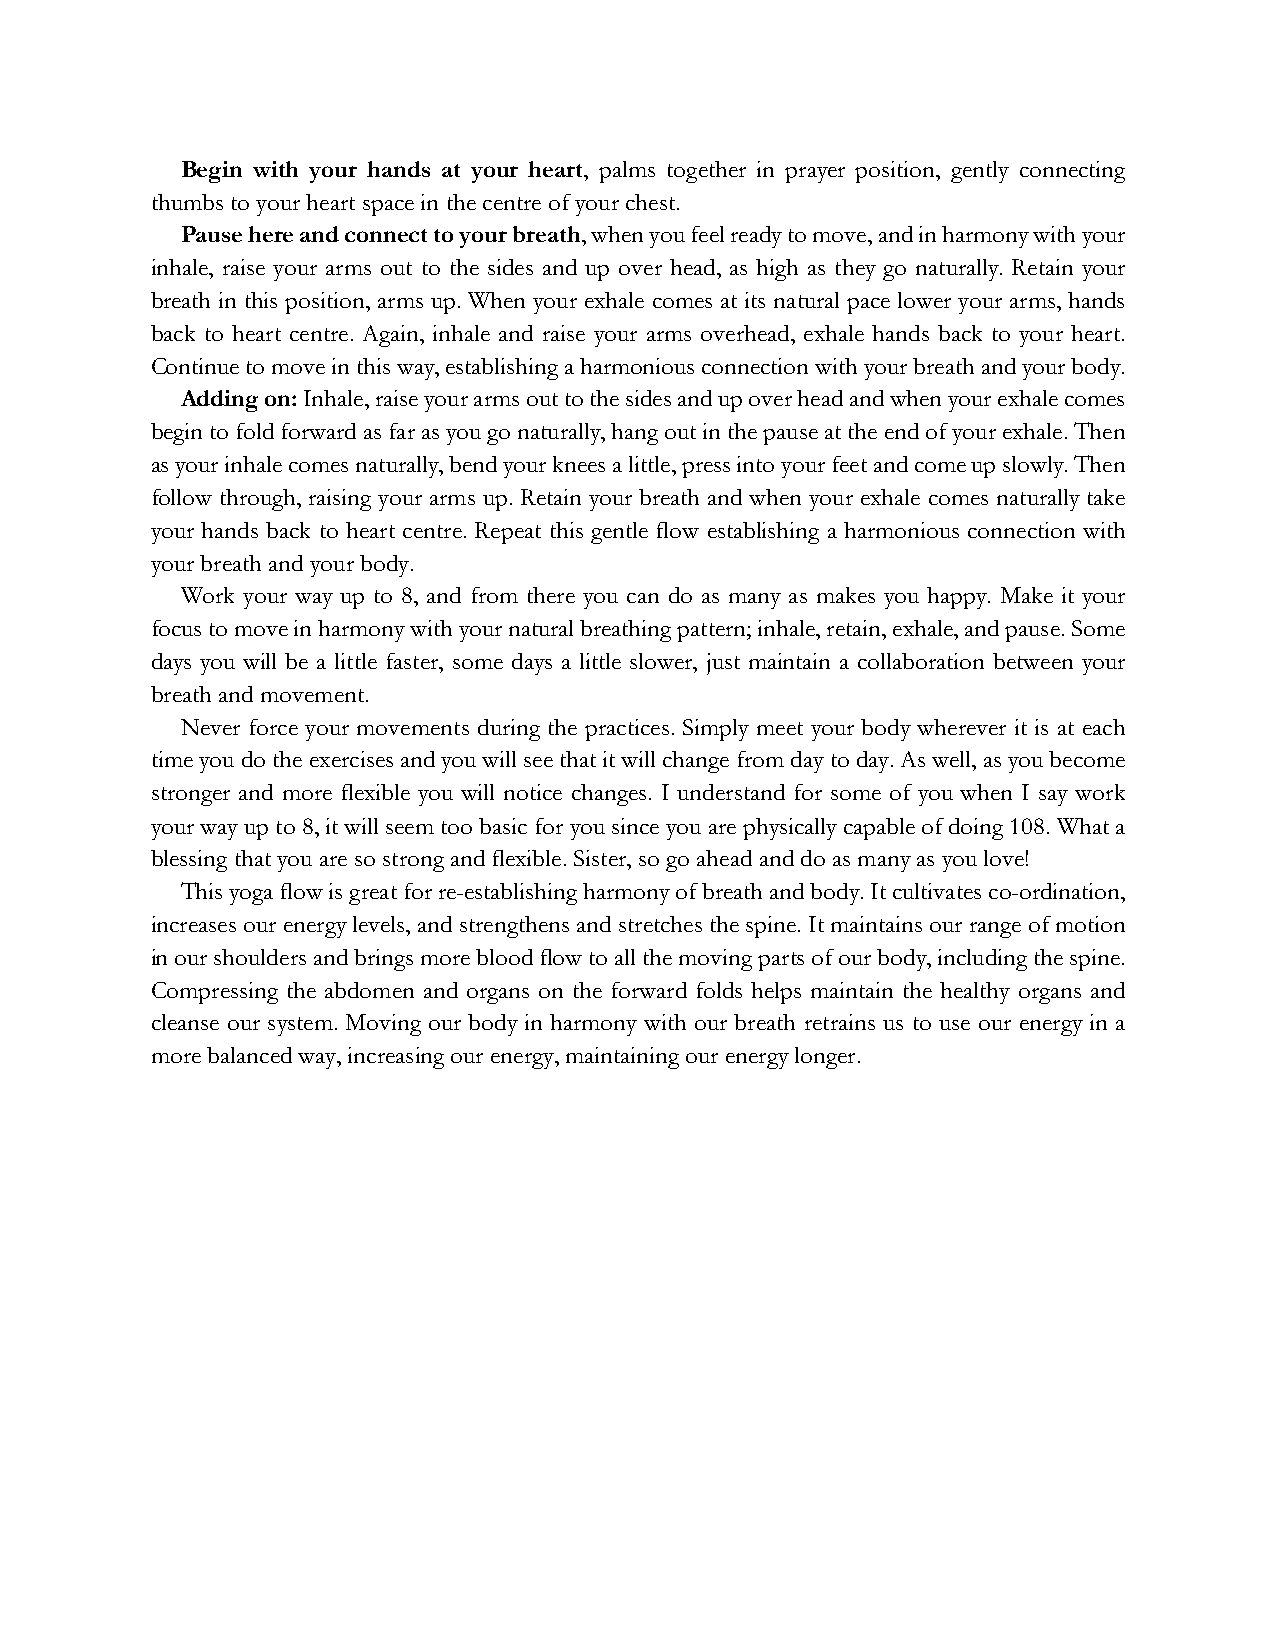
Begin with your hands at your heart, palms together in prayer position, gently connecting
 thumbs to your heart space in the centre of your chest.
 Pause here and connect to your breath, when you feel ready to move, and in harmony with your
 inhale, raise your arms out to the sides and up over head, as high as they go naturally. Retain your
 breath in this position, arms up. When your exhale comes at its natural pace lower your arms, hands
 back to heart centre. Again, inhale and raise your arms overhead, exhale hands back to your heart.
 Continue to move in this way, establishing a harmonious connection with your breath and your body.
 Adding on: Inhale, raise your arms out to the sides and up over head and when your exhale comes
 begin to fold forward as far as you go naturally, hang out in the pause at the end of your exhale. Then
 as your inhale comes naturally, bend your knees a little, press into your feet and come up slowly. Then
 follow through, raising your arms up. Retain your breath and when your exhale comes naturally take
 your hands back to heart centre. Repeat this gentle flow establishing a harmonious connection with
 your breath and your body.
 Work your way up to 8, and from there you can do as many as makes you happy. Make it your
 focus to move in harmony with your natural breathing pattern; inhale, retain, exhale, and pause. Some
 days you will be a little faster, some days a little slower, just maintain a collaboration between your
 breath and movement.
 Never force your movements during the practices. Simply meet your body wherever it is at each
 time you do the exercises and you will see that it will change from day to day. As well, as you become
 stronger and more flexible you will notice changes. I understand for some of you when I say work
 your way up to 8, it will seem too basic for you since you are physically capable of doing 108. What a
 blessing that you are so strong and flexible. Sister, so go ahead and do as many as you love!
 This yoga flow is great for re-establishing harmony of breath and body. It cultivates co-ordination,
 increases our energy levels, and strengthens and stretches the spine. It maintains our range of motion
 in our shoulders and brings more blood flow to all the moving parts of our body, including the spine.
 Compressing the abdomen and organs on the forward folds helps maintain the healthy organs and
 cleanse our system. Moving our body in harmony with our breath retrains us to use our energy in a
 more balanced way, increasing our energy, maintaining our energy longer.